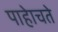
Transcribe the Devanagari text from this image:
पाहेाचते